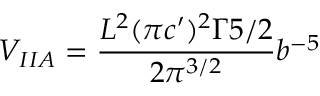
V _ { I I A } = \frac { L ^ { 2 } ( \pi c ^ { \prime } ) ^ { 2 } \Gamma { 5 / 2 } } { 2 \pi ^ { 3 / 2 } } b ^ { - 5 }